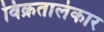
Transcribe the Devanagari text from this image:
विक्रतालंकार